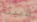
البيئة